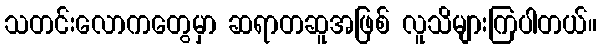
သတင်းလောကတွေမှာ ဆရာတဆူအဖြစ် လူသိများကြပါတယ်။